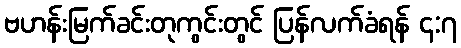
ဗဟန်းမြက်ခင်းတုကွင်းတွင် ပြန်လက်ခံရန် ၄:၇